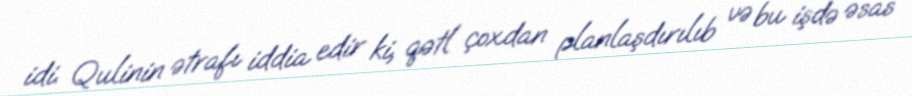
idi. Qulinin ətrafı iddia edir ki, qətl çoxdan planlaşdırılıb və bu işdə əsas